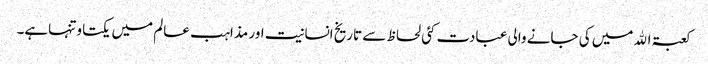
کعبۃ اﷲمیں کی جانے والی عبادت کئی لحاظ سے تاریخ انسانیت اور مذاہب عالم میں یکتاو تنہاہے۔